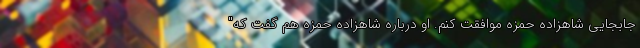
جابجایی شاهزاده حمزه موافقت کنم. او درباره شاهزاده حمزه هم گفت که"